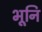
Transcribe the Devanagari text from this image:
भूनि